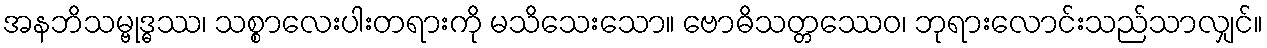
အနဘိသမ္ဗုဒ္ဓဿ၊ သစ္စာလေးပါးတရားကို မသိသေးသော။ ဗောဓိသတ္တဿေဝ၊ ဘုရားလောင်းသည်သာလျှင်။